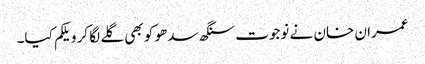
عمران خان نے نوجوت سنگھ سدھو کو بھی گلے لگا کر ویلکم کیا۔